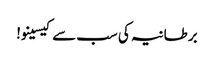
برطانیہ کی سب سے کیسینو!